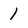
Character: 1